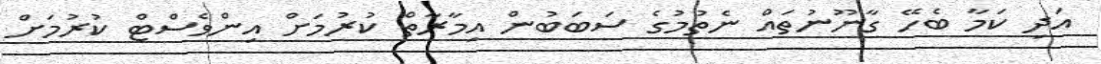
އަދި ކަމާ ބެހޭ ގާނޫނުތައް ނެތުމުގެ ސަބަބުން އިމާރާތް ކުރުމަށް އިންވެސްޓް ކުރުމަށް